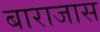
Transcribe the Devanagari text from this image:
बाराजास